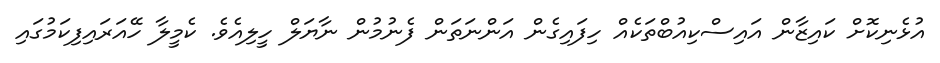
އުޅެނިކޮށް ކައިޒާން އައިސްކިއުބްތަކެއް ހިފައިގެން އަންނަތަން ފެނުމުން ނާޔަލް ހީލިއެވެ. ކެމީލާ ހޭއަރައިފިކަމުގައި